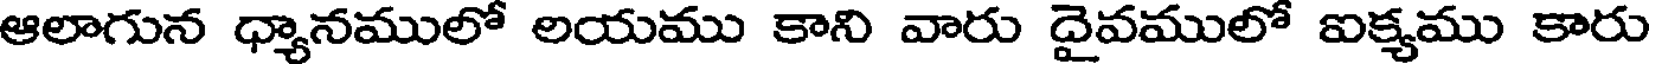
ఆలాగున ధ్యానములో లయము కాని వారు దైవములో ఐక్యము కారు